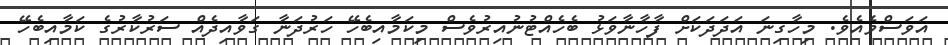
އަވަސްވެއެވެ. މިހާގިނަ އަދަދަކަށް ފާހާނާވަޅު ބެހެއްޓުނުއިރުވެސް މިކަމާއިބެހޭ ހަރުދަނާ ގަވާއިދެއް ސަރުކާރުގެ ކަމާއިބެހޭ